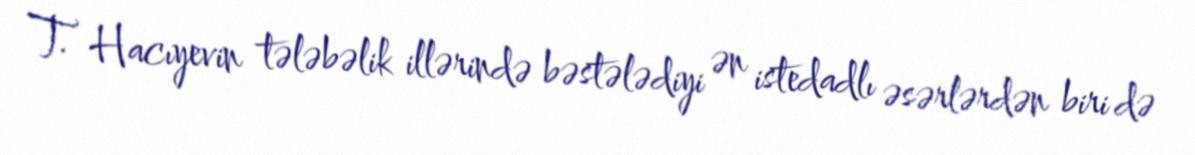
T. Hacıyevin tələbəlik illərində bəstələdiyi ən istedadlı əsərlərdən biri də